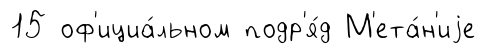
15 оф'ициа́льном подр'я́д М'ета́н'иjе